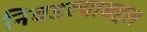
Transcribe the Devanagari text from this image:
निवडल्याबद्दल